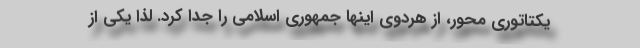
یکتاتوری محور، از هردوی اینها جمهوری اسلامی را جدا کرد. لذا یکی از